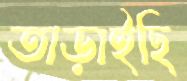
তাড়াইছি